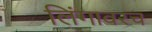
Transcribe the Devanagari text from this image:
लिंगावरच